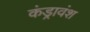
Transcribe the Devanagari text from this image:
कंड्रावंश